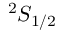
^ 2 S _ { 1 / 2 }